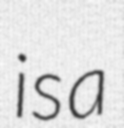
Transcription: is a